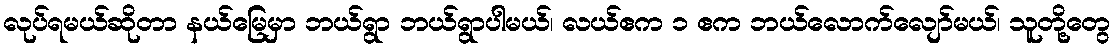
လုပ်ရမယ်ဆိုတာ နယ်မြေမှာ ဘယ်ရွာ ဘယ်ရွာပါမယ်၊ လယ်ဧက ၁ ဧက ဘယ်လောက်လျော်မယ်၊ သူတို့တွေ